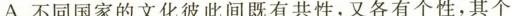
A.不同国家的文化彼此间既有共性,又各有个性,其个